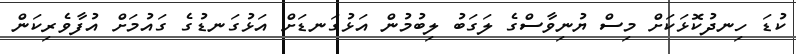
ކުޑަ ހިނދުކޮޅަކަށް މިސް ޔުނިވާސްގެ ލަގަބު ލިބުމުން އަޅުގަނޑަށް އަޅުގަނޑުގެ ގައުމަށް އުފާވެރިކަން